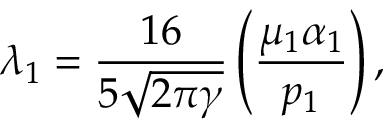
\lambda _ { 1 } = \frac { 1 6 } { 5 \sqrt { 2 \pi \gamma } } \left( \frac { \mu _ { 1 } \alpha _ { 1 } } { p _ { 1 } } \right) ,